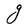
Character: g